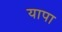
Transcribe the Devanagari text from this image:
यापा